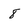
Character: 8